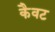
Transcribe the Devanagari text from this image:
कैवट